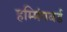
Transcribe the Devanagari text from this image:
हम्मिंगबर्ड